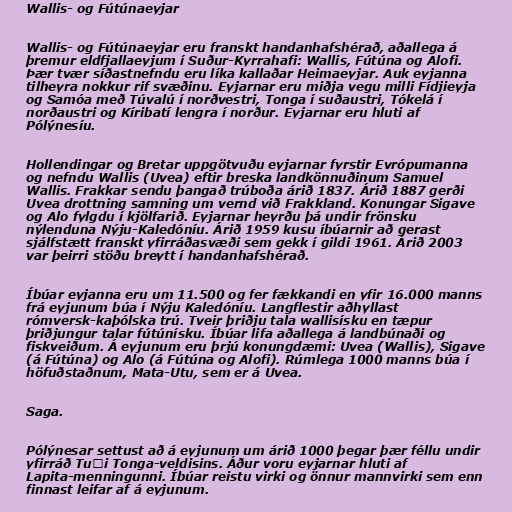
Wallis- og Fútúnaeyjar

Wallis- og Fútúnaeyjar eru franskt handanhafshérað, aðallega á
þremur eldfjallaeyjum í Suður-Kyrrahafi: Wallis, Fútúna og Alofi.
Þær tvær síðastnefndu eru líka kallaðar Heimaeyjar. Auk eyjanna
tilheyra nokkur rif svæðinu. Eyjarnar eru miðja vegu milli Fídjieyja
og Samóa með Túvalú í norðvestri, Tonga í suðaustri, Tókelá í
norðaustri og Kíribatí lengra í norður. Eyjarnar eru hluti af
Pólýnesíu.

Hollendingar og Bretar uppgötvuðu eyjarnar fyrstir Evrópumanna
og nefndu Wallis (Uvea) eftir breska landkönnuðinum Samuel
Wallis. Frakkar sendu þangað trúboða árið 1837. Árið 1887 gerði
Uvea drottning samning um vernd við Frakkland. Konungar Sigave
og Alo fylgdu í kjölfarið. Eyjarnar heyrðu þá undir frönsku
nýlenduna Nýju-Kaledóníu. Árið 1959 kusu íbúarnir að gerast
sjálfstætt franskt yfirráðasvæði sem gekk í gildi 1961. Árið 2003
var þeirri stöðu breytt í handanhafshérað.

Íbúar eyjanna eru um 11.500 og fer fækkandi en yfir 16.000 manns
frá eyjunum búa í Nýju Kaledóníu. Langflestir aðhyllast
rómversk-kaþólska trú. Tveir þriðju tala wallisísku en tæpur
þriðjungur talar fútúnísku. Íbúar lifa aðallega á landbúnaði og
fiskveiðum. Á eyjunum eru þrjú konungdæmi: Uvea (Wallis), Sigave
(á Fútúna) og Alo (á Fútúna og Alofi). Rúmlega 1000 manns búa í
höfuðstaðnum, Mata-Utu, sem er á Uvea.

Saga.

Pólýnesar settust að á eyjunum um árið 1000 þegar þær féllu undir
yfirráð Tuʻi Tonga-veldisins. Áður voru eyjarnar hluti af
Lapita-menningunni. Íbúar reistu virki og önnur mannvirki sem enn
finnast leifar af á eyjunum.